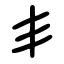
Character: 丯